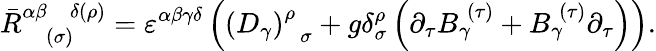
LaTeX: \bar{R}_{\; \; \; (\sigma)}^{\alpha\beta\; \; \; \delta(\rho)}=\varepsilon^{\alpha\beta\gamma\delta}\left(\left(D_{\gamma}\right)_{\; \; \sigma}^{\rho}+g\delta_{\sigma}^{\rho}\left(\partial_{\tau}B_{\gamma}^{\; (\tau)}+B_{\gamma}^{\; (\tau)}\partial_{\tau}\right)\right).